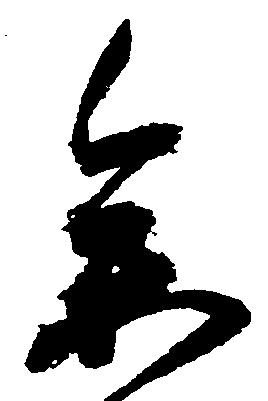
参